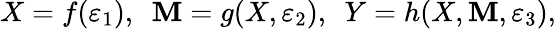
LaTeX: X=f(\varepsilon_{1}),~~\mathbf{M}=g(X,\varepsilon_{2}),~~Y=h(X,\mathbf{M},\varepsilon_{3}),